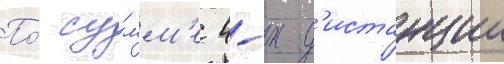
По́ су́мм'е 4-х д'истанции